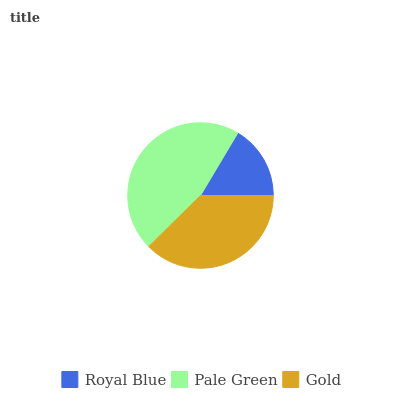
| Royal Blue | Pale Green | Gold |
 | --- | --- | --- |
 | 16.4% | 46% | 37.6% |